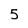
Character: 5